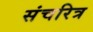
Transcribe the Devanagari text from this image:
संचरित्र